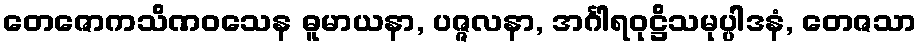
တေဇောကသိဏဝသေန ဓူမာယနာ, ပဇ္ဇလနာ, အင်္ဂါရဝုဋ္ဌိသမုပ္ပါဒနံ, တေဇသာ